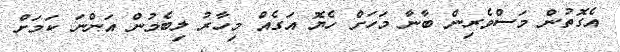
އެގޮތުން މަސްވެރިން ބާނާ މަހަށް ހެޔޮ އަގެއް މިހާރު ލިބެމުން އަންނަ ކަމަށް